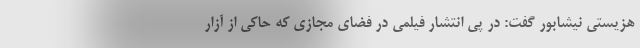
هزیستی نیشابور گفت: در پی انتشار فیلمی در فضای مجازی که حاکی از آزار